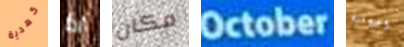
كهدية اذا مكان October اضافية